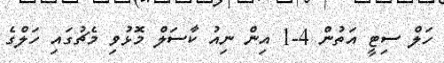
ހަލް ސިޓީ އަތުން 4-1 އިން ނިއު ކާސަލް މޮޅުވި މެޗުގައި ހަލްގެ